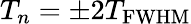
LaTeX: T_{n}=\pm 2T_{\mathrm{FWHM}}